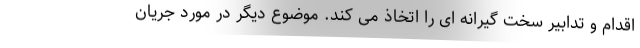
اقدام و تدابیر سخت گیرانه ای را اتخاذ می کند. موضوع دیگر در مورد جریان